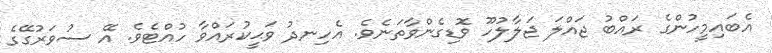
އެބައިމީހުންގެ ރައްބު ޖައްލަ ޖަލާލުހޫ ވޮޑިގެންވާތަނެވެ. އެހިނދު ވަޙީކުރައްވާ ހުއްޓެވެ. އޭ ސުވަރުގޭގެ